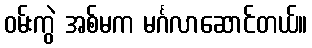
ဝမ်းကွဲ အစ်မက မင်္ဂလာဆောင်တယ်။